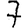
Digit: 7